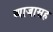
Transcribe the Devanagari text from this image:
व्याजासह